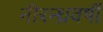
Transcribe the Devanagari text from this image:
नीरन्ध्रवर्षी